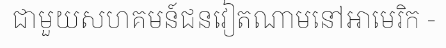
ជាមួយសហគមន៍ជនវៀតណាមនៅអាមេរិក -